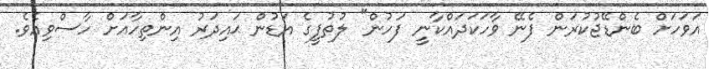
އަވަހަށް ބެންޑޭޖުކުރަން ފެނޭ ވާހަކަދައްކާނީ ފަހުން" ލުތުފީގެ އަޑުން ޙައިދަރު އިންތިހާއަށް ހާސްވިއެވެ.